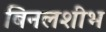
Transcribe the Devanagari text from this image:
बिनलशीभ